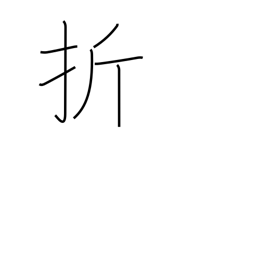
Meaning: submit